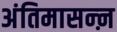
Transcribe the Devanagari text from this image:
अंतिमासन्ऩ